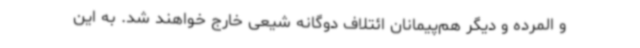
و المرده و دیگر هم‌پیمانان ائتلاف دوگانه شیعی خارج خواهند شد. به این